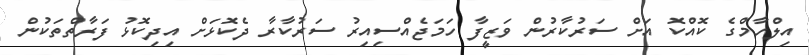
އިލްހާމްގެ ކޮއްކޮ އަށް ސަރުކާރުން ވަޒީފާ ހަމަޖެއްސިއިރު ސަރުކާރާ ދެކޮޅަށް އިދިކޮޅު ފަރާތްތަކުން